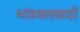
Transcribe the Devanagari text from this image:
भांडवलवादी